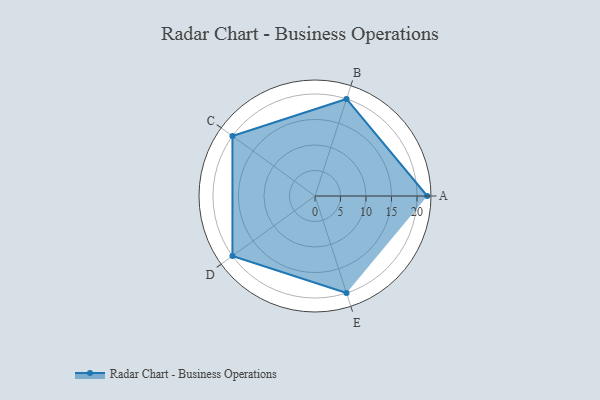
{"axis": {"x": "Skill", "y": "Score"}, "legend": ["Profile"], "data": [{"x": "A", "y": 22.0, "type": "Profile"}, {"x": "B", "y": 20, "type": "Profile"}, {"x": "C", "y": 20, "type": "Profile"}, {"x": "D", "y": 20, "type": "Profile"}, {"x": "E", "y": 20, "type": "Profile"}]}